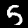
Digit: 5